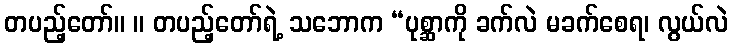
တပည့်တော်။ ။ တပည့်တော်ရဲ့ သဘောက “ပုစ္ဆာကို ခက်လဲ မခက်စေရ၊ လွယ်လဲ